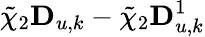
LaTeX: \tilde{\chi}_{2}\mathbf{D}_{u,k}-\tilde{\chi}_{2}\mathbf{D}_{u,k}^{1}